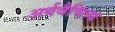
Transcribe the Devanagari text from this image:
अर्थवैचित्र्य